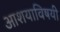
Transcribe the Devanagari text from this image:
आशयाविषयी